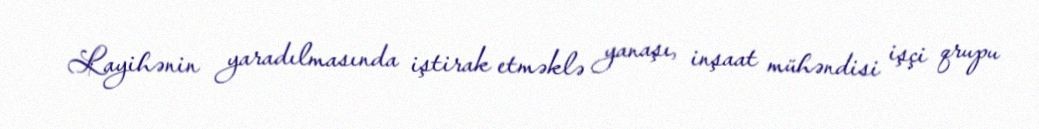
Layihənin yaradılmasında iştirak etməklə yanaşı, inşaat mühəndisi işçi qrupu